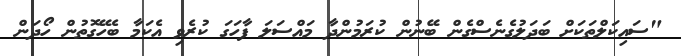
"ސައިކަލްތަކަށް ބަދަލުގެނެސްގެން ބޭނުން ކުރަމުންދާ މައްސަލަ ފާހަގަ ކުރެވި އެކަމާ ބެހޭގޮތުން ހޯދަން